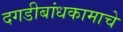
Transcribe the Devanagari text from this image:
दगडीबांधकामाचे